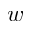
w